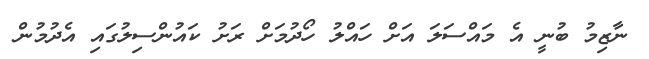
ނާޒިމު ބުނީ އެ މައްސަލަ އަށް ހައްލު ހޯދުމަށް ރަށު ކައުންސިލުގައި އެދުމުން